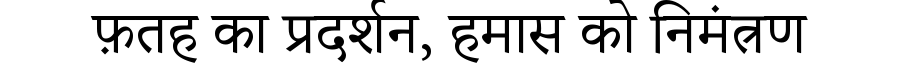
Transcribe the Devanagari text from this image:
फ़तह का प्रदर्शन, हमास को निमंत्रण